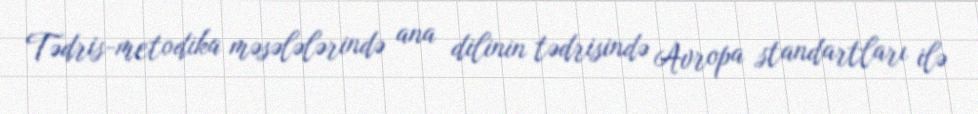
Tədris-metodika məsələlərində ana dilinin tədrisində Avropa standartları ilə